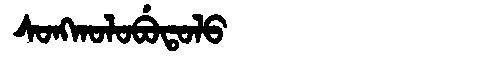
Manchu: ᠰᠣᠩᡴᠣᠯᠣᠪᡠᡨᠣᠯᠣ
Romanization: SONGKOLOBUTOLO